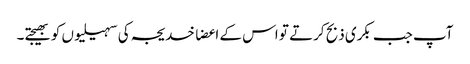
آپ جب بکری ذبح کرتے تو اس کے اعضا خدیجہ کی سہیلیوں کو بھیجتے۔